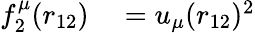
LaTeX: \begin{array}{rl}{f_{2}^{\mu}(r_{12})}&{{}=u_{\mu}(r_{12})^{2}}\end{array}